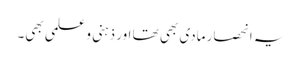
یہ انحصار مادی بھی تھا اور ذہنی و علمی بھی۔